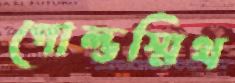
গোল্ডস্মিথ